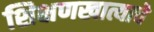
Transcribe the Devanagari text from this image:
शिक्षणखात्याचे